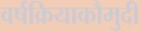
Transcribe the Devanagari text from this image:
वर्षक्रियाकौमुदी